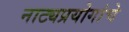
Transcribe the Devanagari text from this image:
नाट्यप्रयोगांचे